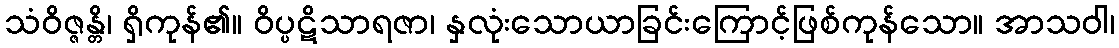
သံဝိဇ္ဇန္တိ၊ ရှိကုန်၏။ ဝိပ္ပဋိသာရဇာ၊ နှလုံးသောယာခြင်းကြောင့်ဖြစ်ကုန်သော။ အာသဝါ၊